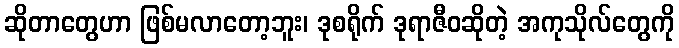
ဆိုတာတွေဟာ ဖြစ်မလာတော့ဘူး၊ ဒုစရိုက် ဒုရာဇီဝဆိုတဲ့ အကုသိုလ်တွေကို